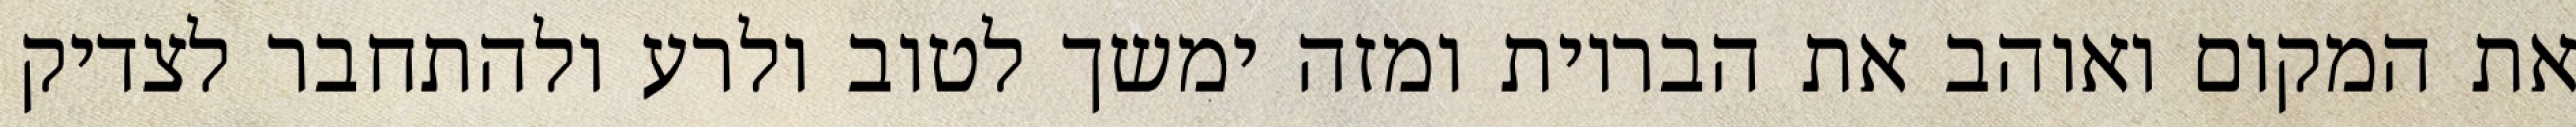
את המקום ואוהב את הבריות ומזה ימשך לטוב ולרע ולהתחבר לצדיק